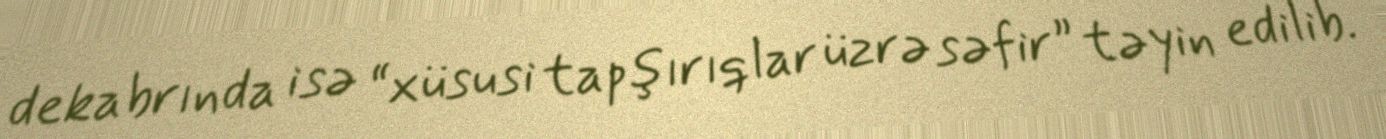
dekabrında isə “xüsusi tapşırıqlar üzrə səfir” təyin edilib.